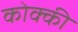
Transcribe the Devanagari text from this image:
कोक्की